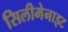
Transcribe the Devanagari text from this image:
सिलीमेनाइट